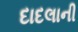
દાદલાની